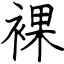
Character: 裸